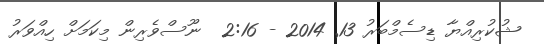
ޝުކުރިއްޔާ ޑިސެމްބަރު 13